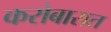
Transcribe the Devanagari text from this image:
करोबारात